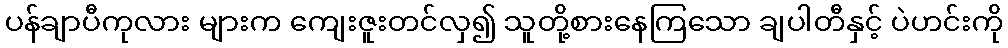
ပန်ချာပီကုလား များက ကျေးဇူးတင်လှ၍ သူတို့စားနေကြသော ချပါတီနှင့် ပဲဟင်းကို